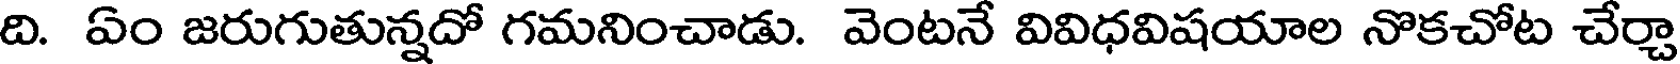
ది. ఏం జరుగుతున్నదో గమనించాడు. వెంటనే వివిధవిషయాల నొకచోట చేర్చా